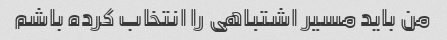
من باید مسیر اشتباهی را انتخاب کرده باشم